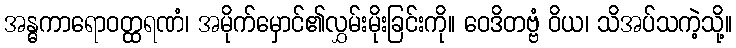
အန္ဓကာရောဝတ္ထရဏံ၊ အမိုက်မှောင်၏လွှမ်းမိုးခြင်းကို။ ဝေဒိတဗ္ဗံ ဝိယ၊ သိအပ်သကဲ့သို့။